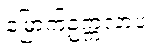
မြောက်ဥက္ကလာပ